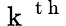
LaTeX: \mathrm{~k~}^{\mathrm{~t~h~}}